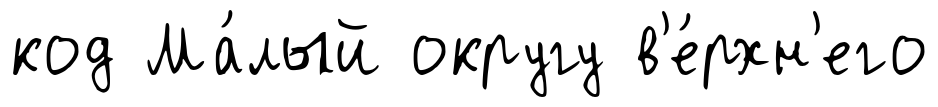
код Ма́лый округу в'е́рхн'его